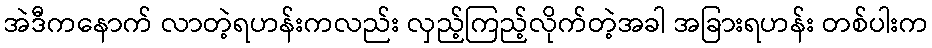
အဲဒီကနောက် လာတဲ့ရဟန်းကလည်း လှည့်ကြည့်လိုက်တဲ့အခါ အခြားရဟန်း တစ်ပါးက